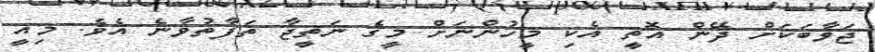
ޖަވާބަކަށް ދޭން އޮތީ އެކި މީހުންނަށް މީގެ ނަތީޖާ ތަފާތުވާނެ އެވެ. މިއީ